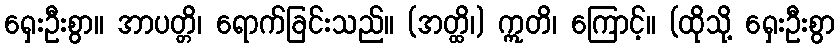
ရှေးဦးစွာ။ အာပတ္တိ၊ ရောက်ခြင်းသည်။ (အတ္ထိ၊) ဣတိ၊ ကြောင့်။ (ထိုသို့ ရှေးဦးစွာ